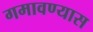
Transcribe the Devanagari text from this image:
गमावण्यास